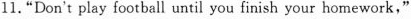
11."Don't play football until you finish your homework,"